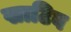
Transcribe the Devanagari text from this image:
खाटिब